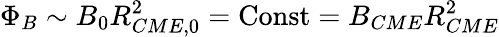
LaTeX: \Phi_{B}\sim B_{0}R_{CME,0}^{2}=\mathrm{Const}=B_{CME}R_{CME}^{2}